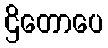
ဌိတောပေ